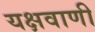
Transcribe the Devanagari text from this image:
यक्षवाणी